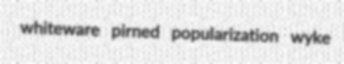
whiteware pirned popularization wyke